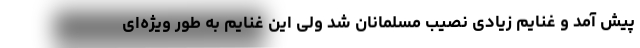
پیش آمد و غنایم زیادی نصیب مسلمانان شد ولی این غنایم به طور ویژه‌ای